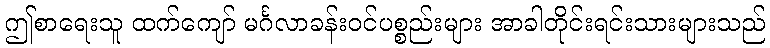
ဤစာရေးသူ ထက်ကျော် မင်္ဂလာခန်းဝင်ပစ္စည်းများ အာခါတိုင်းရင်းသားများသည်